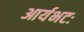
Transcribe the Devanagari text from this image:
आर्यभटः